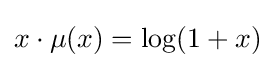
x\cdot \mu (x)=\log(1+x)